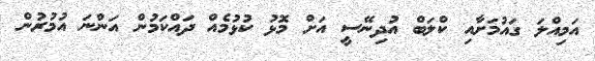
އަމިއްލަ ގައުމަށާއި ކްލަބް އުދިނޭސީ އަށް މޮޅު ކުޅުމެއް ދައްކަމުން އަންނަ އުމުރުން